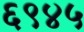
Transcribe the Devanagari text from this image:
६९४५